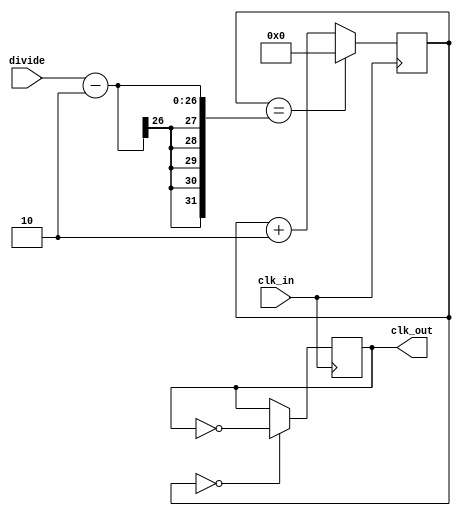
module divide(
  divide,
  clk_in,
  clk_out
);

input[25:0] divide;
input clk_in;
output clk_out; 

reg clk_out;
reg[25:0] state;

initial begin
  clk_out<=0;
  state<=26'd0;
end

always @(posedge clk_in) begin
  if(state==26'd0)
    clk_out=~clk_out;
  state<=state+26'd2;
  if(state==divide-2)
    state<=26'd0;
end

endmodule //